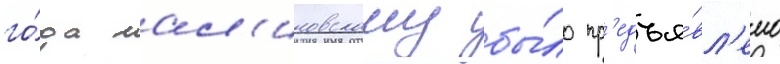
го́да мал'иновскому бы́ло пр'едъя́вл'ено